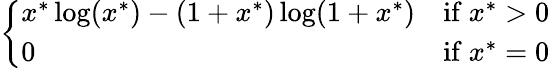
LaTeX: \left\{ \begin{array}{ll}{x^{*}\log(x^{*})-(1+x^{*})\log(1+x^{*})}&{{\mathrm{if~}}x^{*}>0}\\ {0}&{{\mathrm{if~}}x^{*}=0}\end{array}\right.